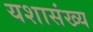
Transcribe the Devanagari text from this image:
यशासंख्य